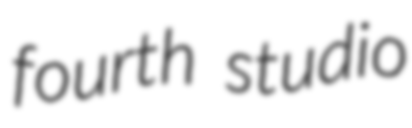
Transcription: fourth studio